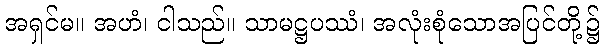
အရှင်မ။ အဟံ၊ ငါသည်။ သာမဋ္ဌပဿံ၊ အလုံးစုံသောအပြင်တို့၌